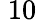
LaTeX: \; 10